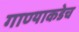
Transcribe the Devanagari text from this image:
गाण्याकडेच